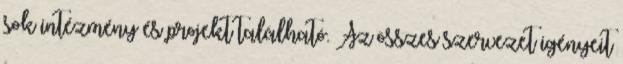
sok intézmény és projekt található. Az összes szervezet igényeit